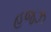
હજઝ